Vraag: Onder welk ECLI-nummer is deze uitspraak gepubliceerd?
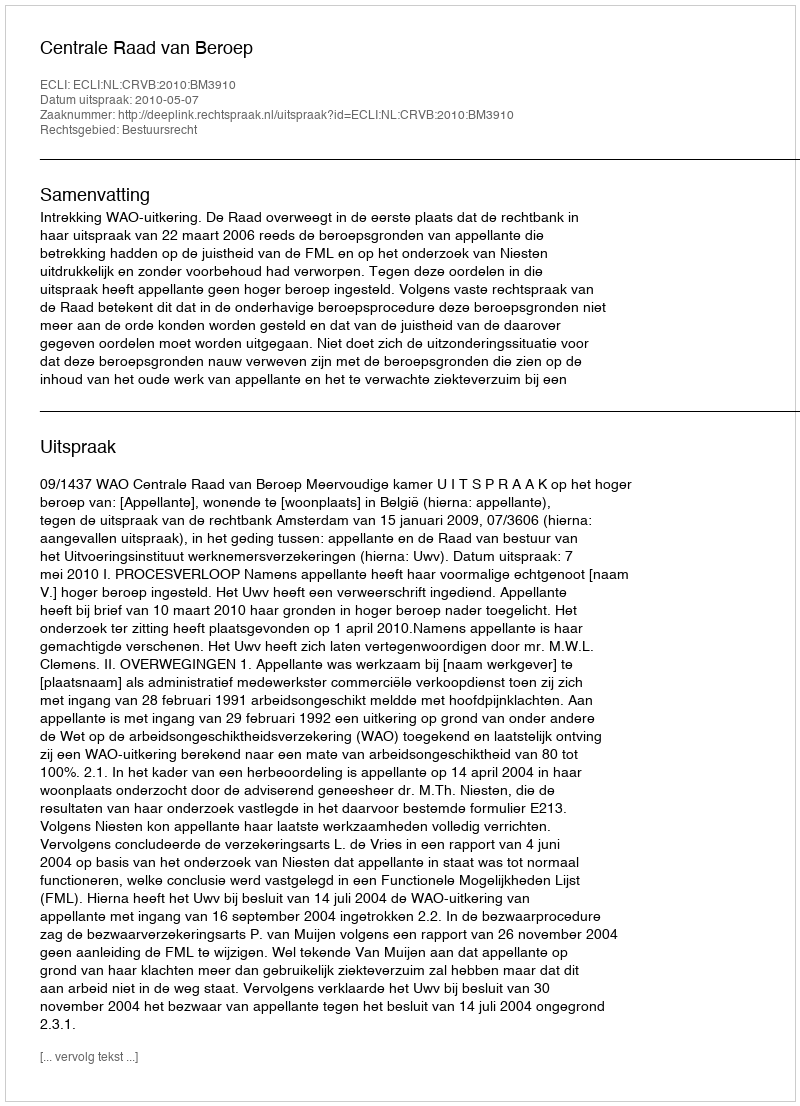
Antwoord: ECLI:NL:CRVB:2010:BM3910